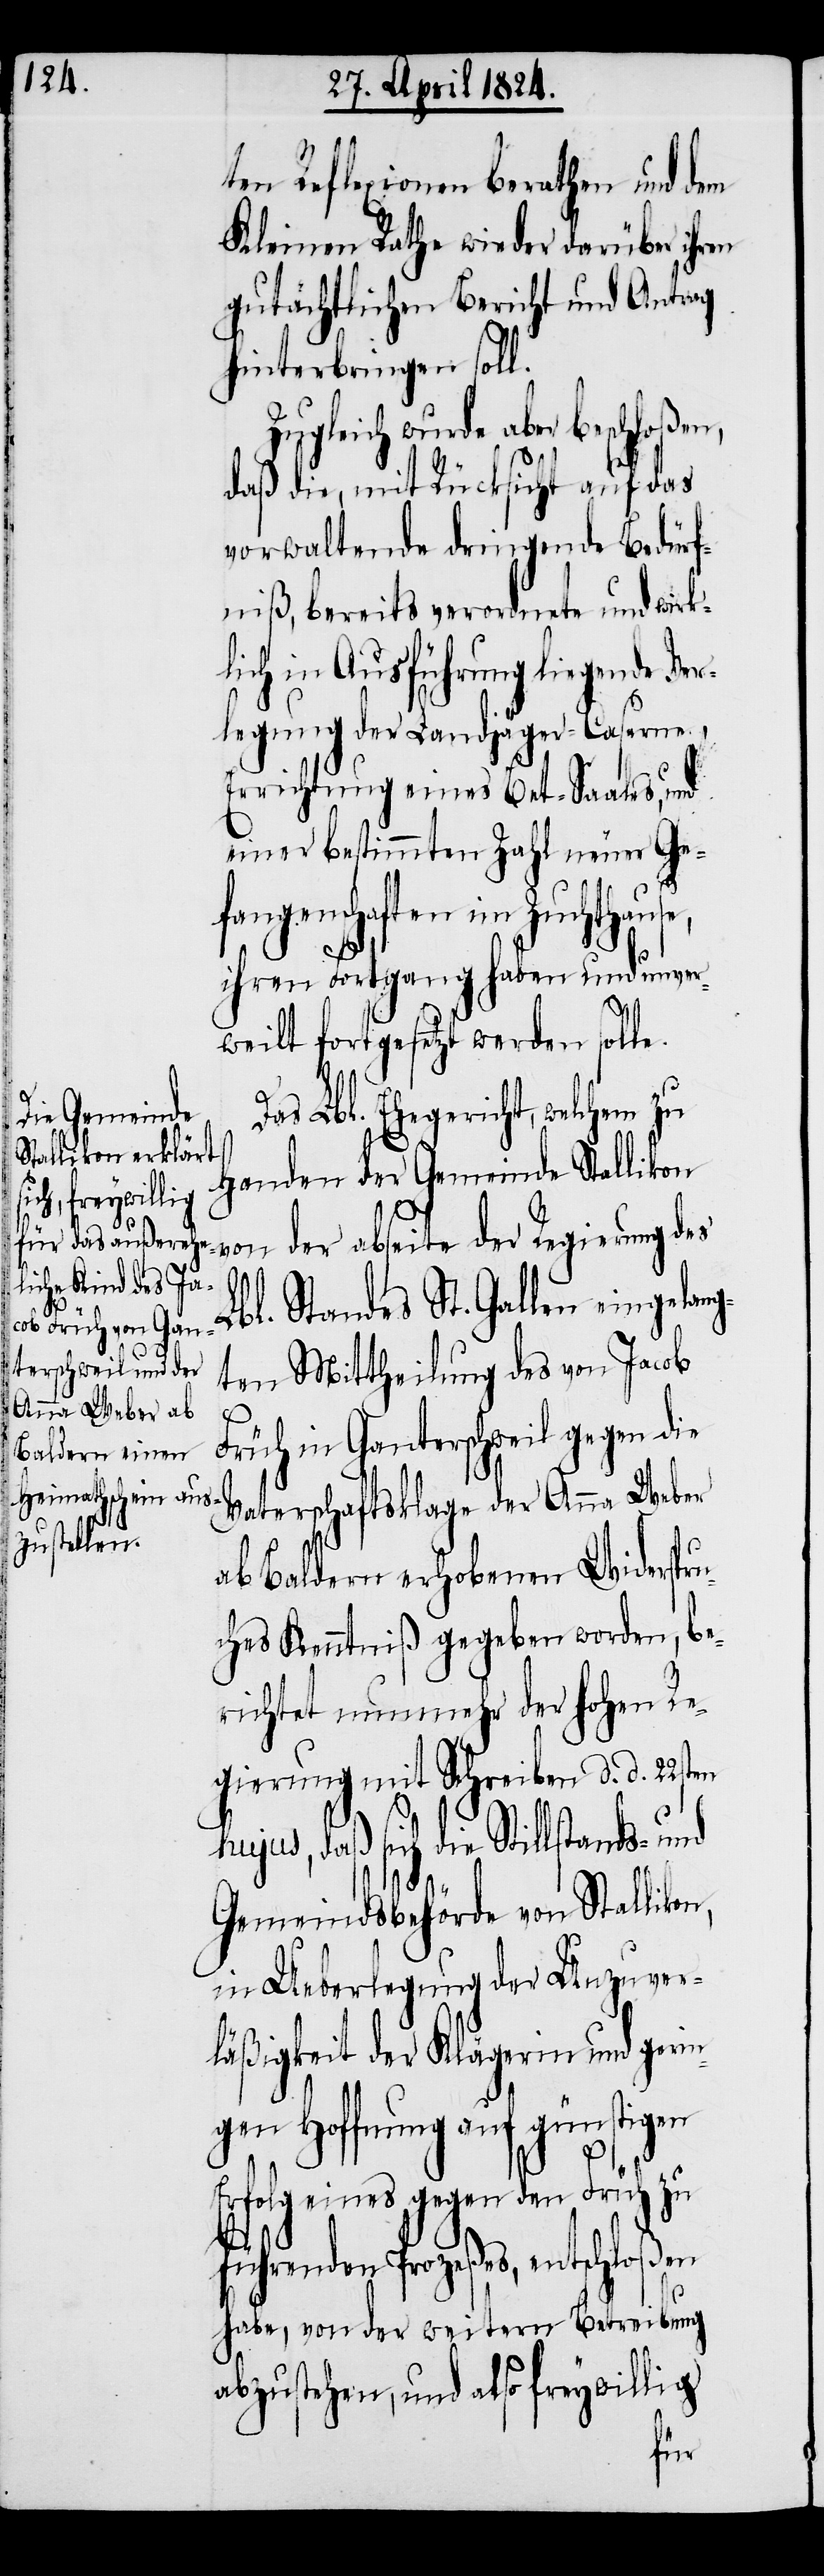
l¬

ten Reflexionen berathen und dem
Kleinen Rathe wieder darüber ihren
gutächtlichen Bericht und Antrag
hinterbringen soll.
Zugleich wurde aber beschloßen,
daß die, mit Rücksicht auf das
vorwaltende dringende Bedürf¬
niß, bereits verordnete und wirk¬
ich in Ausführung liegende
legung der Landjäger-Caserne.
Errichtung eines Bet-Saales, und
einer bestimmten Zahl neuer Ge¬
fangenschaften im Zuchthause,
ihren Fortgang haben und unver¬
weilt fortgesetzt werden soll.
as Lbl. Ehegericht, welchem zu
Handen der Gemeinde Stallikon
von der abseite der Regierung des
Lbl. Standes St. Gallen eingelang¬
ten Mittheilung des von Jacob
Früh in Ganterschweil gegen die
Vaterschaftsklage der Anna Weber
ab Baldern erhobenen Widerspru¬
ches Kenntniß gegeben worden, be¬
richtet nunmehr der hohen Re¬
gierung mit Schreiben d. d. 22sten
daß sich die Stillstands- und
D¬
Gemeindsbehörde von Stallikon,
in Ueberlegung der Unzuver¬
läßigkeit der Klägerin und geri¬
ngen Hoffnung auf günstigen
Erfolg gegen den Früh zu
führenden Prozeßes, entschloßen
habe, von der weitern Betreibung
abzustehen, also freywillig